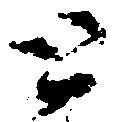
と